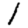
Digit: 1